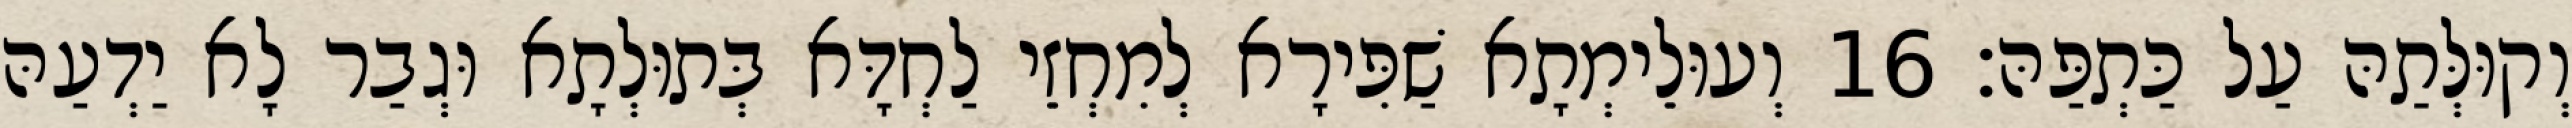
וְקוּלְּתַהּ עַל כַּתְפַּהּ׃ 16 וְעוּלֵימְתָא שַׁפִּירָא לְמִחְזֵי לַחְדָּא בְּתוּלְתָא וּגְבַר לָא יַדְעַהּ